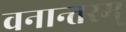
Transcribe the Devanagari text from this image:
वनान्तरम्